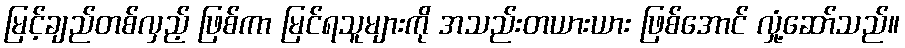
မြင့်ချည်တစ်လှည့် ဖြစ်ကာ မြင်ရသူများကို အသည်းတယားယား ဖြစ်အောင် လှုံ့ဆော်သည်။